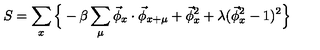
S = \sum _ { x } \Big \{ - \beta \sum _ { \mu } \vec { \phi } _ { x } \cdot \vec { \phi } _ { x + \mu } + \vec { \phi } _ { x } ^ { 2 } + \lambda ( \vec { \phi } _ { x } ^ { 2 } - 1 ) ^ { 2 } \Big \}